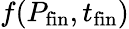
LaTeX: f(P_{\mathrm{fin}},t_{\mathrm{fin}})